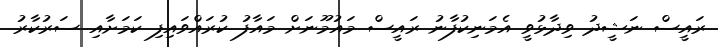
ރައީސް ނަޝީދު ވިދާޅުވީ އެމަނިކުފާނު ރައީސް މައުމޫނަށް މައާފު ކުރައްވައިފި ކަމަށާއި ސަރުކާރު